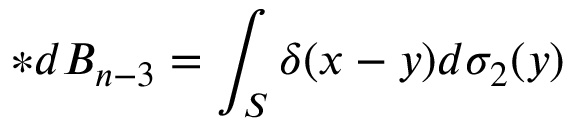
\ast d B _ { n - 3 } = \int _ { S } \delta ( x - y ) d \sigma _ { 2 } ( y )